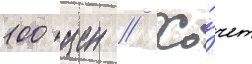
100 иен // Хо́чет